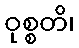
ဝုစ္စတိ၊